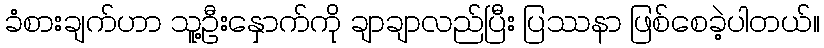
ခံစားချက်ဟာ သူ့ဦးနှောက်ကို ချာချာလည်ပြီး ပြဿနာ ဖြစ်စေခဲ့ပါတယ်။